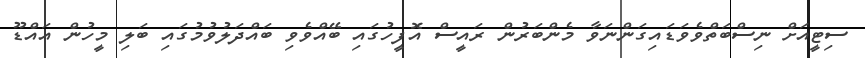
ސިޓީއަށް ނިސްބަތްވެވަޑައިގަންނަވާ މެންބަރުން ރައީސް އޮފީހުގައި ބޭއްވެވި ބައްދަލުވުމުގައި ބަލި މީހުން އައްޑޫ